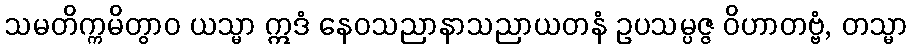
သမတိက္ကမိတွာဝ ယသ္မာ ဣဒံ နေဝသညာနာသညာယတနံ ဥပသမ္ပဇ္ဇ ဝိဟာတဗ္ဗံ, တသ္မာ